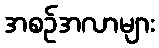
အစဉ်အလာများ